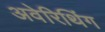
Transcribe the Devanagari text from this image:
अवेरिथिंग